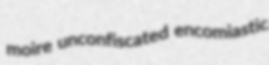
moire unconfiscated encomiastic